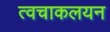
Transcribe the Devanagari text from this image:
त्वचाकलयन